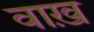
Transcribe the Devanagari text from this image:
वाख़